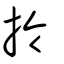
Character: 拎